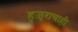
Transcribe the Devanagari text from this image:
हुजूराचाही